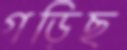
গড়িছ